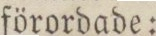
förordade: